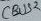
Text: CBUS2